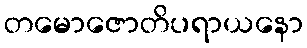
တမောဇောတိပရာယနော